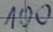
Text: 100